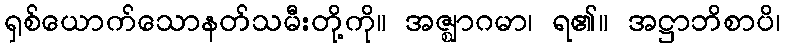
ရှစ်ယောက်သောနတ်သမီးတို့ကို။ အဇ္ဈာဂမာ၊ ရ၏။ အဋ္ဌာဘိစာပိ၊